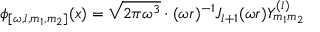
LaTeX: \phi _ { [ \omega , l , m _ { 1 } , m _ { 2 } ] } ( x ) = \sqrt { 2 \pi \omega ^ { 3 } } \cdot ( \omega r ) ^ { - 1 } J _ { l + 1 } ( \omega r ) Y _ { m _ { 1 } m _ { 2 } } ^ { ( l ) }